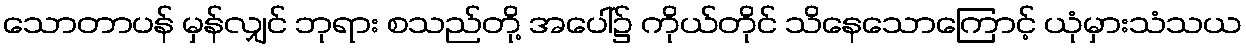
သောတာပန် မှန်လျှင် ဘုရား စသည်တို့ အပေါ်၌ ကိုယ်တိုင် သိနေသောကြောင့် ယုံမှားသံသယ